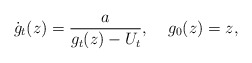
\begin{align*} \dot g_t(z) = \frac{a}{g_t(z) - U_t} , \;\;\;\; g_0(z) = z,\end{align*}